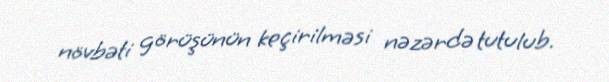
növbəti görüşünün keçirilməsi nəzərdə tutulub.